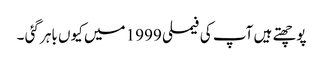
پوچھتے ہیں آپ کی فیملی 1999 میں کیوں باہر گئی ۔